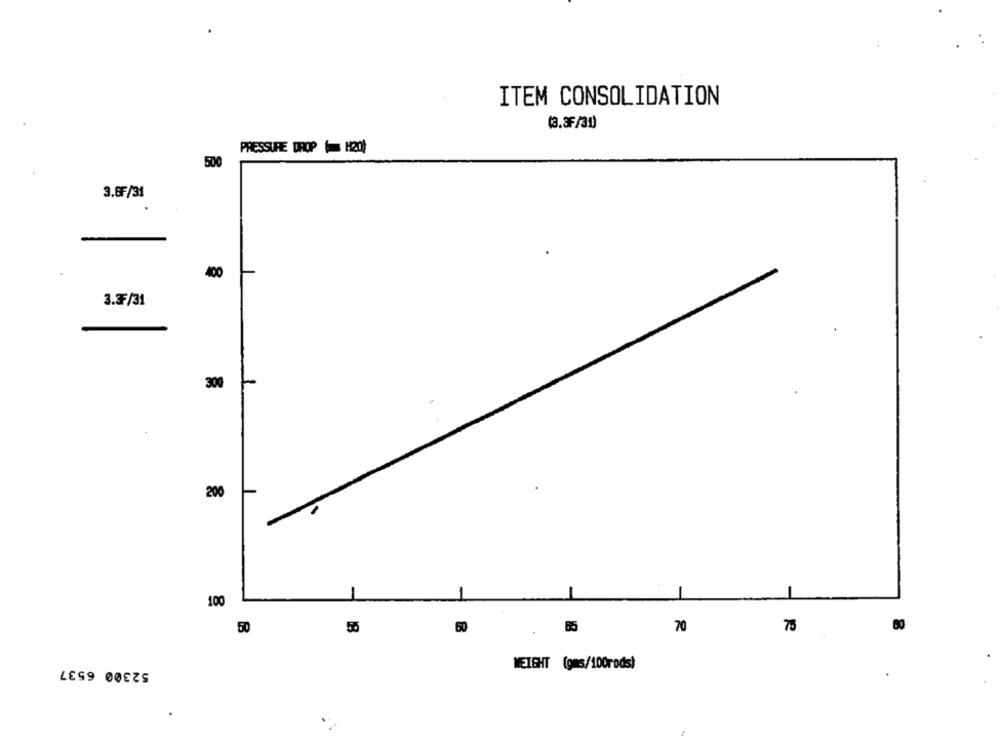
ITEM CONSOLIDATION
(3.3F/31)
PRESSURE DROP ( H20)
50
3.6F/31
400
3.3F/31
300
200
100
50
55
60
85
70
75
52300 6537
WEIGHT (gms/100rods)